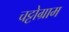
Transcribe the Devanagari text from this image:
चट्टोग्राम